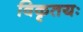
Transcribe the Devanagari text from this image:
विकृतयः